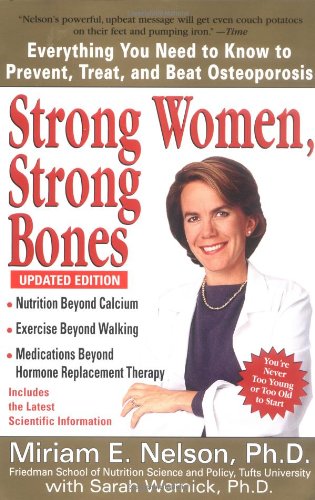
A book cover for Strong Women, Strong Bones, Updated; Miriam E. Nelson Ph.D; Health, Fitness & Dieting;